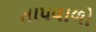
તાપવાળો